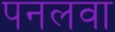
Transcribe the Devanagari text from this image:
पनलवा